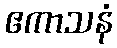
ဧကာသနံ